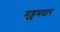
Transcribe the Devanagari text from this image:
मुहुमदार